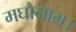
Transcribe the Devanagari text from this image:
मघोनाम्।